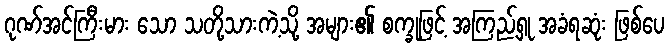
ဂုဏ်အင်ကြီးမား သော သတို့သားကဲ့သို့ အများ၏ စက္ခုဖြင့် အကြည့်ရှု အခံရဆုံး ဖြစ်ပေ